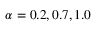
\alpha = 0 . 2 , 0 . 7 , 1 . 0